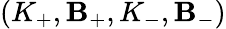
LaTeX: (K_{+},\mathbf{B}_{+},K_{-},\mathbf{B}_{-})